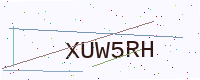
Text: XUW5RH